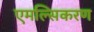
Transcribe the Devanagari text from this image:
एमल्सिकरण